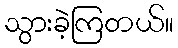
သွားခဲ့ကြတယ်။